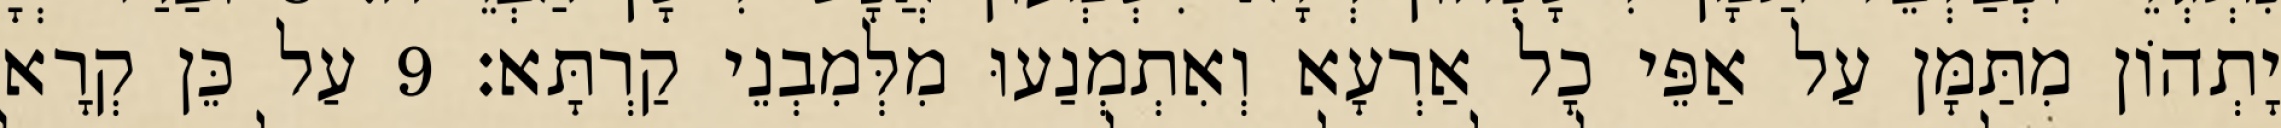
יָתְהוֹן מִתַּמָּן עַל אַפֵּי כָל אַרְעָא וְאִתְמְנַעוּ מִלְּמִבְנֵי קַרְתָּא׃ 9 עַל כֵּן קְרָא